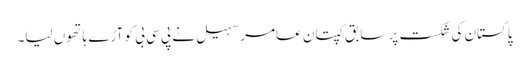
پاکستان کی شکست پر سابق کپتان عامر سہیل نے پی سی بی کو آڑے ہاتھوں لیا۔